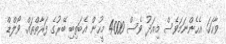
ވާހަކަ. އެހެންނަމަވެސް މިއަދު ވެސް 4000 މީހުން އެބަތިބި ބޭރުގެ ފަރާތްތައް. ވޯލްޑް